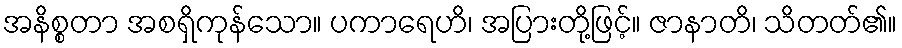
အနိစ္စတာ အစရှိကုန်သော။ ပကာရေဟိ၊ အပြားတို့ဖြင့်။ ဇာနာတိ၊ သိတတ်၏။